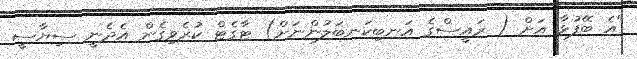
"އެ ބޭފުޅާ އަށް ( ރައީސްގެ އަނބިކަނބަލުންނަށް) ޓާގެޓް ކުރެވިގެން އެދެނީ ސިޔާސީ